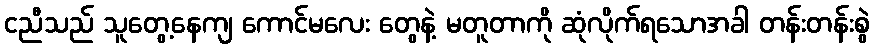
ငညီသည် သူတွေ့နေကျ ကောင်မလေး တွေနဲ့ မတူတာကို ဆုံလိုက်ရသောအခါ တန်းတန်းစွဲ